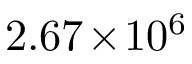
2 . 6 7 \! \times \! 1 0 ^ { 6 }